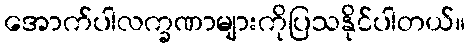
အောက်ပါလက္ခဏာများကိုပြသနိုင်ပါတယ်။